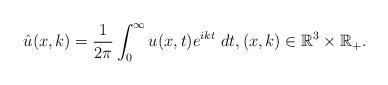
LaTeX: \begin{align*}\hat{u}(x, k)=\frac{1}{2\pi}\int_0^\infty u(x, t) e^{ik t}\ dt,(x, k)\in\mathbb{R}^3\times \mathbb{R}_+. \end{align*}